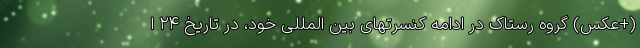
(+عکس) گروه رستاک در ادامه کنسرتهای بین المللی خود، در تاریخ ۲۴ ا